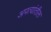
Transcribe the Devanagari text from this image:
अपत्यांतील